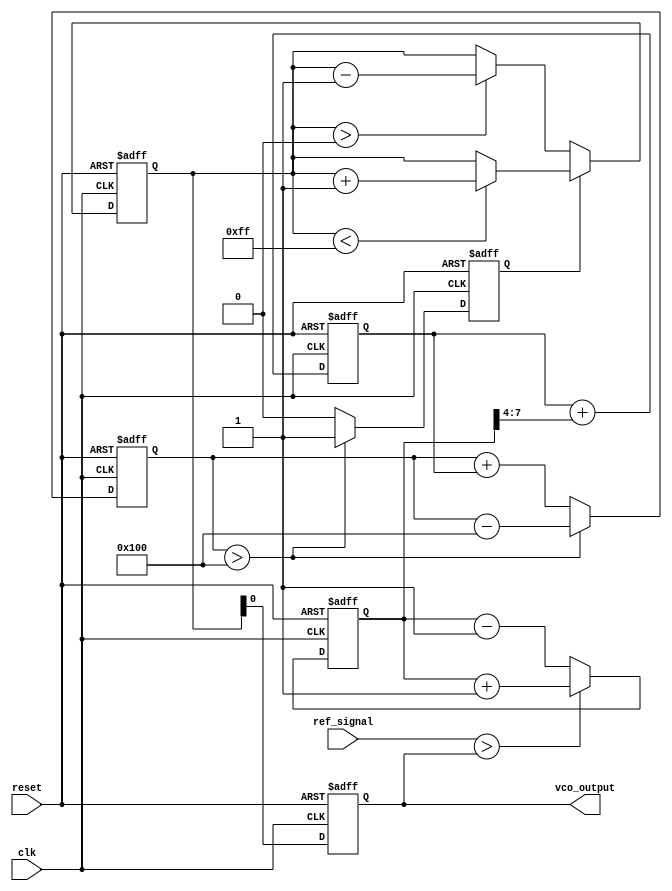
module sigma_delta_pll (
    input wire clk,               // System clock
    input wire reset,             // Reset signal
    input wire ref_signal,        // Reference input signal
    output reg vco_output         // Output frequency from VCO
);

    // Parameters
    parameter integer VCO_MAX_FREQ = 255;  // Maximum VCO frequency
    parameter integer VCO_MIN_FREQ = 0;    // Minimum VCO frequency
    parameter integer LOOP_FILTER_GAIN = 4; // Loop filter gain
    parameter integer SIGMA_DELTA_ORDER = 2; // Order of the sigma-delta modulator

    // Internal signals
    reg [7:0] phase_error;          // Phase error signal from PD
    reg [7:0] loop_filter_output;    // Output from the loop filter
    reg [15:0] sigma_delta_integrator; // Integrator for sigma-delta modulator
    reg sigma_delta_output;          // 1-bit output of sigma-delta modulator
    reg [7:0] vco_frequency;         // Current VCO frequency

    // Phase Detector
    always @(posedge clk or posedge reset) begin
        if (reset) begin
            phase_error <= 0;
        end
        else begin
            // Simplified phase detection logic
            // Compare ref_signal with the feedback (vco_output)
            if (ref_signal > vco_output)
                phase_error <= phase_error + 1;  // Increase frequency
            else
                phase_error <= phase_error - 1;  // Decrease frequency
        end
    end

    // Loop Filter
    always @(posedge clk or posedge reset) begin
        if (reset) begin
            loop_filter_output <= 0;
        end
        else begin
            // Simple first-order loop filter
            loop_filter_output <= loop_filter_output + (phase_error >> LOOP_FILTER_GAIN);
        end
    end

    // Sigma-Delta Modulator
    always @(posedge clk or posedge reset) begin
        if (reset) begin
            sigma_delta_integrator <= 0;
            sigma_delta_output <= 0;
        end
        else begin
            // Integrate the loop filter output
            sigma_delta_integrator <= sigma_delta_integrator + loop_filter_output;

            // Comparator for 1-bit output
            if (sigma_delta_integrator > 256) begin
                sigma_delta_output <= 1;
                sigma_delta_integrator <= sigma_delta_integrator - 256; // Reset integrator
            end
            else begin
                sigma_delta_output <= 0;
            end
        end
    end

    // Voltage-Controlled Oscillator (VCO)
    always @(posedge clk or posedge reset) begin
        if (reset) begin
            vco_frequency <= VCO_MIN_FREQ;
            vco_output <= 0;
        end
        else begin
            // Update VCO frequency based on sigma-delta output
            if (sigma_delta_output) begin
                if (vco_frequency < VCO_MAX_FREQ)
                    vco_frequency <= vco_frequency + 1; // Increase frequency
            end
            else begin
                if (vco_frequency > VCO_MIN_FREQ)
                    vco_frequency <= vco_frequency - 1; // Decrease frequency
            end

            // Generate VCO output (simple representation)
            vco_output <= vco_frequency; // This should be a more complex waveform in practice
        end
    end

endmodule